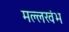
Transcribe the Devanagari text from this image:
मल्लखंभ